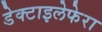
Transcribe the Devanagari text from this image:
डेक्टाइलेफेरा